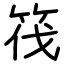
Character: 筏